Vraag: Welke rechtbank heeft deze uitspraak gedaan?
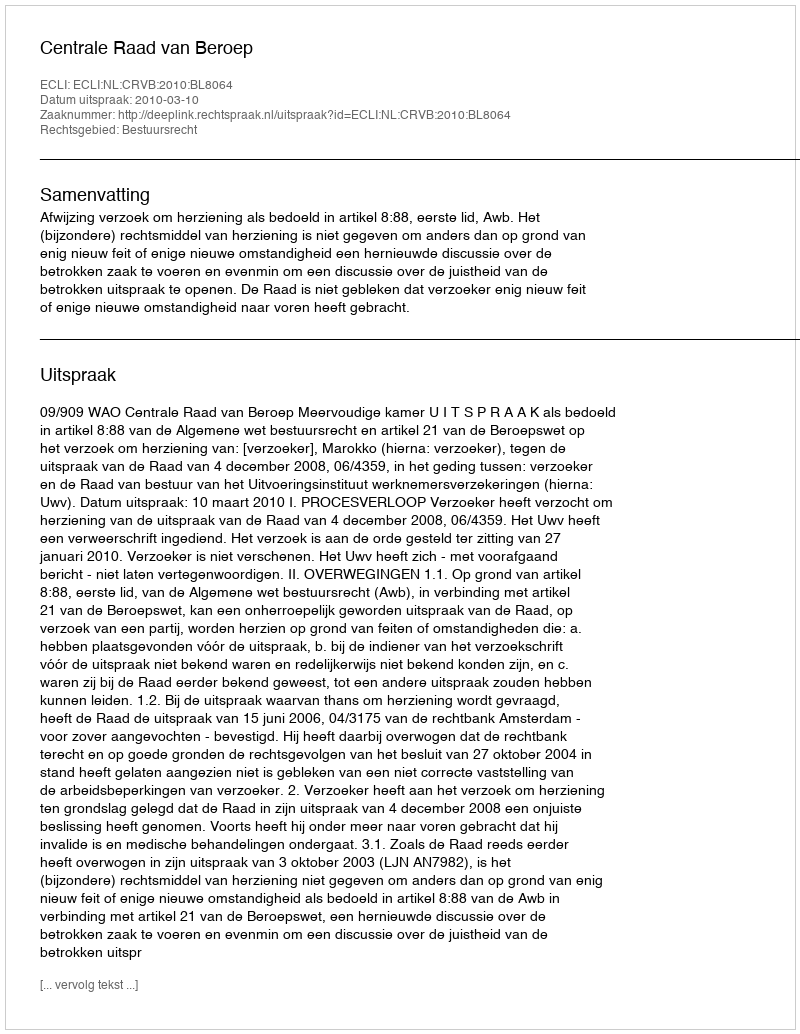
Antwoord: Centrale Raad van Beroep